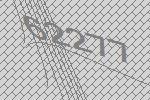
62277